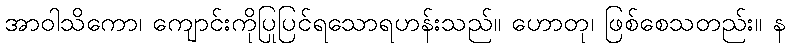
အာဝါသိကော၊ ကျောင်းကိုပြုပြင်ရသောရဟန်းသည်။ ဟောတု၊ ဖြစ်စေသတည်း။ န